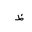
Letter: _za